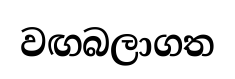
වඟබලාගත